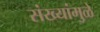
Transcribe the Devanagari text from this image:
संख्यांमुळे